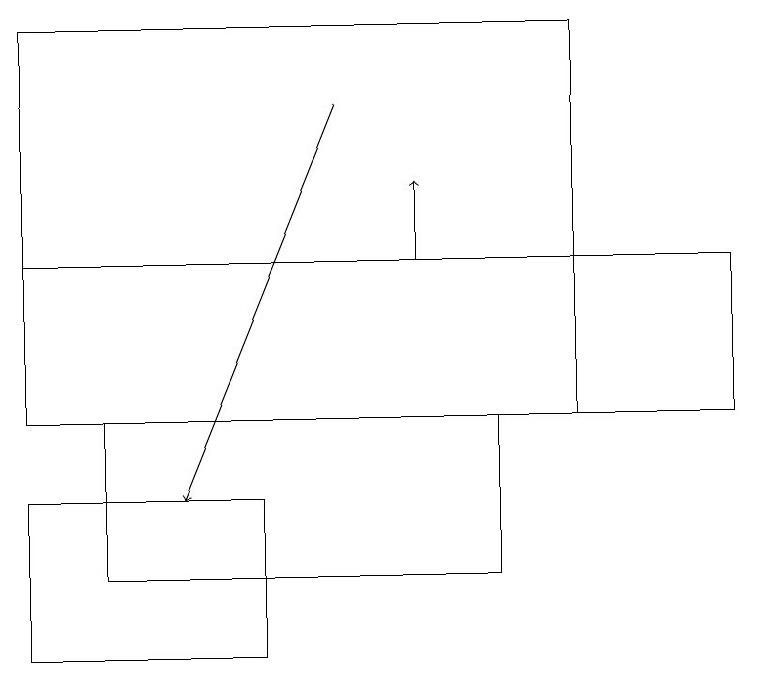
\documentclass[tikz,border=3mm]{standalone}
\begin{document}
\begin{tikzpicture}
\draw (0,13) rectangle (3,11);
\draw (0,16) rectangle (9,14);
\draw[->] (5,16) -- (5,17);
\draw[->] (4,18) -- (2,13);
\draw (1,14) rectangle (6,12);
\draw (7,19) rectangle (0,14);
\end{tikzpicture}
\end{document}